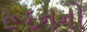
રૂદનનો